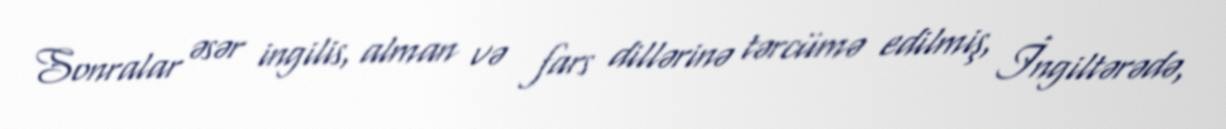
Sonralar əsər ingilis, alman və fars dillərinə tərcümə edilmiş, İngiltərədə,